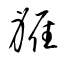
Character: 軅